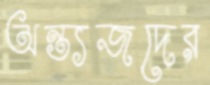
অন্ত্যজদের